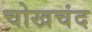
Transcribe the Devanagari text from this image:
चोखचंद